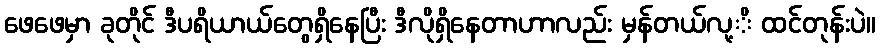
ဖေဖေမှာ ခုတိုင် ဒီပရိယာယ်တွေရှိနေပြီး ဒီလိုရှိနေတာဟာလည်း မှန်တယ်လု့ိ ထင်တုန်းပဲ။